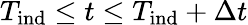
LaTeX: T_{\mathrm{ind}}\leq t\leq T_{\mathrm{ind}}+\Delta t